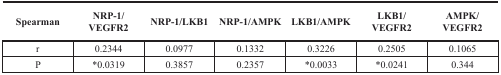
<table><thead><tr><td><b>Spearman</b></td><td><b>NRP-1/VEGFR2</b></td><td><b>NRP-1/LKB1</b></td><td><b>NRP-1/AMPK</b></td><td><b>LKB1/AMPK</b></td><td><b>LKB1/VEGFR2</b></td><td><b>AMPK/VEGFR2</b></td></tr></thead><tbody><tr><td>r</td><td>0.2344</td><td>0.0977</td><td>0.1332</td><td>0.3226</td><td>0.2505</td><td>0.1065</td></tr><tr><td>P</td><td>*0.0319</td><td>0.3857</td><td>0.2357</td><td>*0.0033</td><td>*0.0241</td><td>0.344</td></tr></tbody></table>